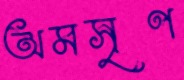
অমসৃণ